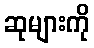
ဆုများကို